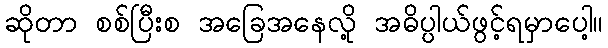
ဆိုတာ စစ်ပြီးစ အခြေအနေလို့ အဓိပ္ပါယ်ဖွင့်ရမှာပေါ့။